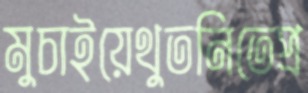
মুচাইয়েথুতনিতেপ্র